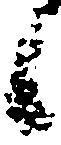
候